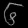
Digit: ၆